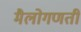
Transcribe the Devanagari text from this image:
मैलोगणती